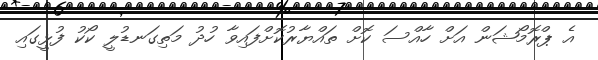
އެ ޕްރޮމޯޝަން އަށް ހާއްސަ ކޮށް ތައްޔާރުކޮށްފައިވާ ހުދު މަތިގަނޑުލީ ކޯކު ފުޅީގައި